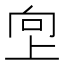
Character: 𫝙